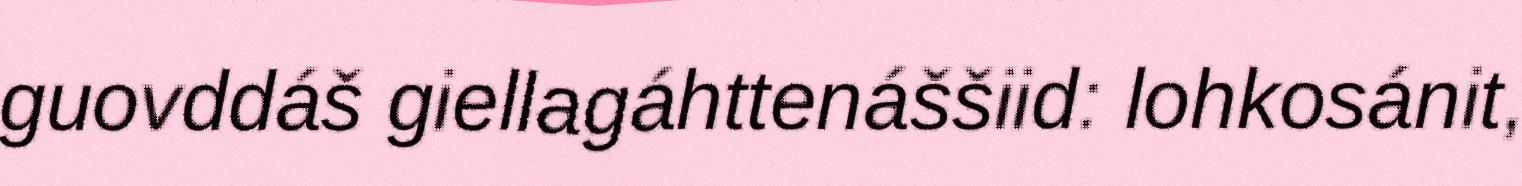
guovddáš giellagáhttenáššiid: lohkosánit,